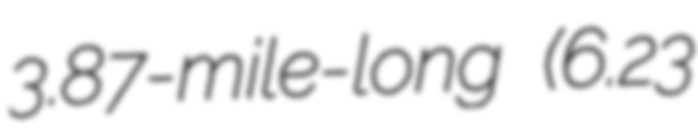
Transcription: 3.87-mile-long (6.23